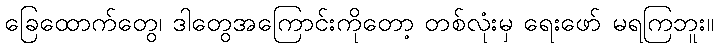
ခြေထောက်တွေ၊ ဒါတွေအကြောင်းကိုတော့ တစ်လုံးမှ ရေးဖော် မရကြဘူး။